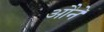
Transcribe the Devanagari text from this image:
औने